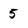
Character: 5